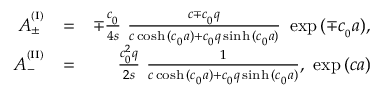
\begin{array} { r l r } { A _ { \pm } ^ { ^ { ( \mathrm { I } ) } } } & { = } & { \mp \frac { c _ { _ 0 } } { 4 s } \ \frac { c \mp c _ { _ 0 } q } { c \cosh { ( c _ { _ 0 } a ) } + c _ { _ 0 } q \sinh { ( c _ { _ 0 } a ) } } \ \exp { ( \mp c _ { _ 0 } a ) } , } \\ { A _ { - } ^ { ^ { ( \mathrm { I I } ) } } } & { = } & { \frac { c _ { _ 0 } ^ { 2 } q } { 2 s } \ \frac { 1 } { c \cosh { ( c _ { _ 0 } a ) } + c _ { _ 0 } q \sinh { ( c _ { _ 0 } a ) } } , \ \exp { ( c a ) } } \end{array}